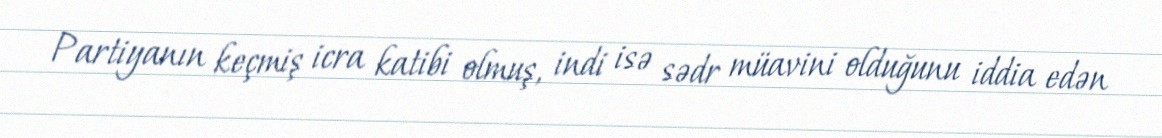
Partiyanın keçmiş icra katibi olmuş, indi isə sədr müavini olduğunu iddia edən